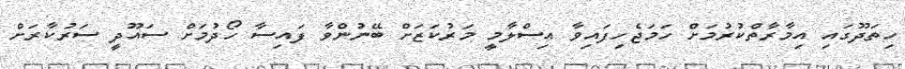
ހިތަދޫގައި އިމާރާތްކުރުމަށް ހަމަޖެހިފައިވާ އިސްލާމީ މަރުކަޒަށް ބޭނުންވާ ފައިސާ ހޯދުމަށް ސައޫދީ ސަރުކާރަށް